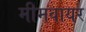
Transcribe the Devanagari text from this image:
मीमवायर